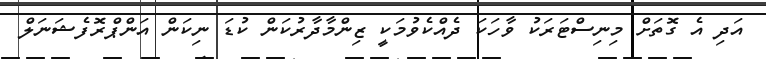
އަދި އެ ގޮތަށް މިނިސްޓަރަކު ވާހަކަ ދެއްކެވުމަކީ ޒިންމާދާރުކަން ކުޑަ ނިކަން އަންޕްރޮފެޝަނަލް